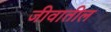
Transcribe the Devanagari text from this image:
जीवातील